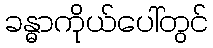
ခန္ဓာကိုယ်ပေါ်တွင်